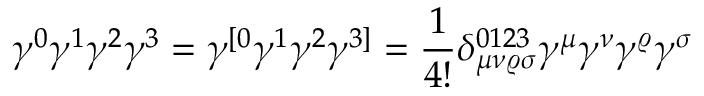
\gamma ^ { 0 } \gamma ^ { 1 } \gamma ^ { 2 } \gamma ^ { 3 } = \gamma ^ { [ 0 } \gamma ^ { 1 } \gamma ^ { 2 } \gamma ^ { 3 ] } = { \frac { 1 } { 4 ! } } \delta _ { \mu \nu \varrho \sigma } ^ { 0 1 2 3 } \gamma ^ { \mu } \gamma ^ { \nu } \gamma ^ { \varrho } \gamma ^ { \sigma }